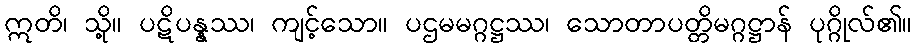
ဣတိ၊ သို့။ ပဋိပန္နဿ၊ ကျင့်သော။ ပဌမမဂ္ဂဋ္ဌဿ၊ သောတာပတ္တိမဂ္ဂဋ္ဌာန် ပုဂ္ဂိုလ်၏။